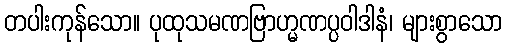
တပါးကုန်သော။ ပုထုသမဏဗြာဟ္မဏပ္ပဝါဒါနံ၊ များစွာသော